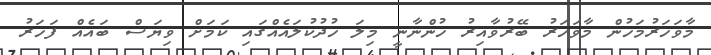
މާވަހަރުމަހުން މާވަހަރު ބޭރުވާއިރު ހުންނާނީ މިލަ ހުދުކުލައެއްގައި ކަމަށް ވިޔަސް ބައެއް ފަހަރު